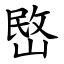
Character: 㟩